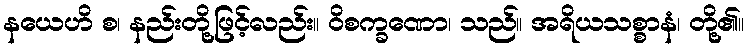
နယေဟိ စ၊ နည်းတို့ဖြင့်လည်း။ ဝိစက္ခဏော၊ သည်။ အရိယသစ္စာနံ၊ တို့၏။